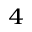
_ 4